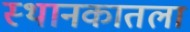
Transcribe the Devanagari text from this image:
स्थानकातला